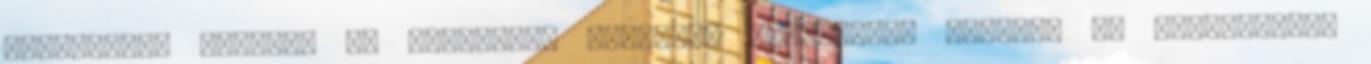
-jövőbeli- esemény és szituáció könnyebb elérésére, ezáltal az ÉletEnergia